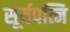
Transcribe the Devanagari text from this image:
सूर्यपत्नि